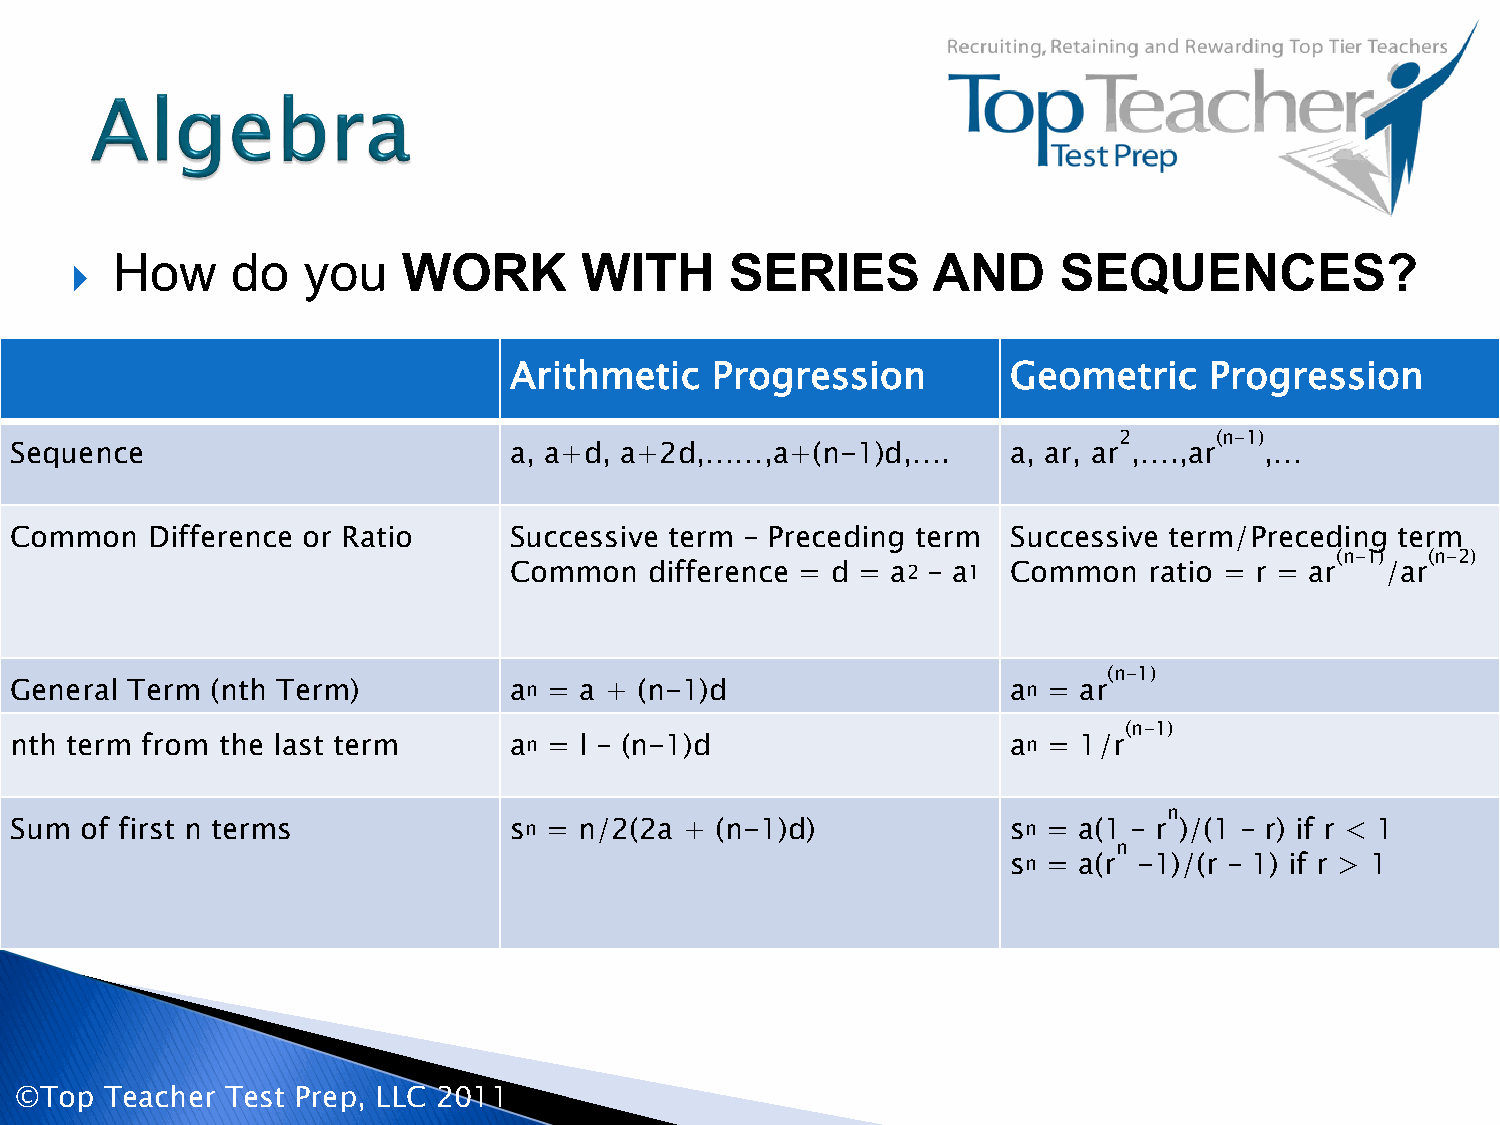
 How     do   you    WORK       WITH      SERIES        AND     SEQUENCES?
 Arithmetic   Progression         Geometric    Progression
 2      (n-1)
 Sequence                         a, a+d, a+2d,……,a+(n-1)d,….      a, ar, ar ,….,ar ,…
 Common   Difference or Ratio     Successive term – Preceding term Successive term/Preceding term
 (n-1)  (n-2)
 Common   difference = d = a2 – a1 Common  ratio = r = ar  /ar
 (n-1)
 General Term (nth Term)          an = a + (n-1)d                  an = ar
 (n-1)
 nth term from the last term      an = l – (n-1)d                  an = 1/r
 n
 Sum of first n terms             sn = n/2(2a + (n-1)d)            sn = a(1 – r )/(1 – r) if r < 1
 n
 sn = a(r -1)/(r – 1) if r > 1
 ©Top  Teacher Test Prep, LLC 2011